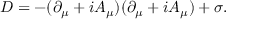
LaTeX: D = - ( \partial _ { \mu } + i A _ { \mu } ) ( \partial _ { \mu } + i A _ { \mu } ) + \sigma .